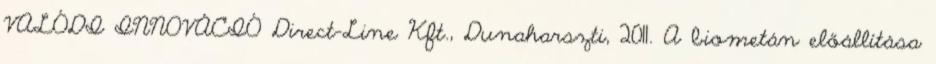
VALÓDI INNOVÁCIÓ Direct-Line Kft., Dunaharszti, 2011. A biometán előállítása